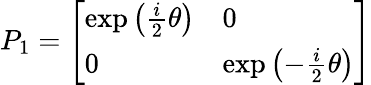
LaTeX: P_{1}={\left[\begin{array}{ll}{\exp\left({\frac{i}{2}}\theta\right)}&{0}\\ {0}&{\exp\left(-{\frac{i}{2}}\theta\right)}\end{array}\right]}